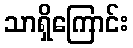
သာရှိကြောင်း